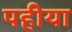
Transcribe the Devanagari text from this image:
पहीया